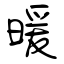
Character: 暖